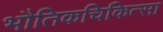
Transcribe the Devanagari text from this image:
भौतिकचिकित्सा